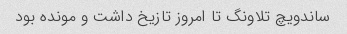
ساندویچ تلاونگ تا امروز تازیخ داشت و مونده بود